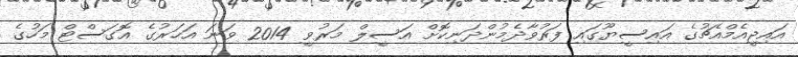
އައިޖީއެމްއެޗުގެ އައިސީޔޫގައި ފަރުވާދެމުންދަނިކޮށް އަސީލް މަރުވީ 2014 ވަނަ އަހަރުގެ އޮގަސްޓް މަހުގެ